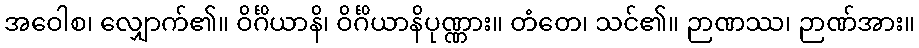
အဝေါစ၊ လျှောက်၏။ ဝိင်္ဂိယာနိ၊ ဝိင်္ဂိယာနိပုဏ္ဏား။ တံတေ၊ သင်၏။ ဉာဏဿ၊ ဉာဏ်အား။